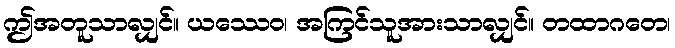
ဤအတူသာလျှင်။ ယဿေဝ၊ အကြင်သူအားသာလျှင်။ တထာဂတေ၊